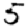
Digit: 5